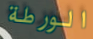
الورطة